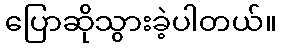
ပြောဆိုသွားခဲ့ပါတယ်။